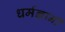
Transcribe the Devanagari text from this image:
धर्मज्ञानी